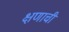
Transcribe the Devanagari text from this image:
क्षणाची